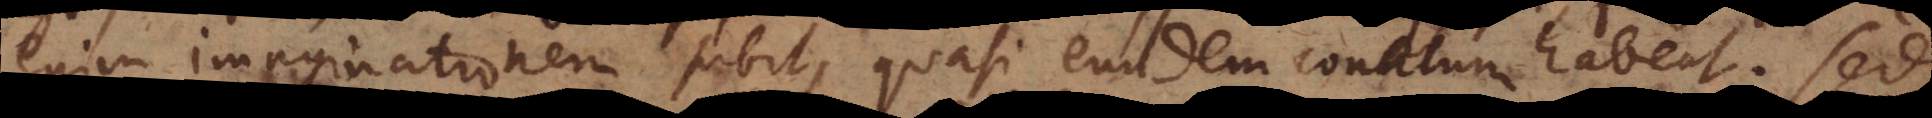
enim imaginationem subit, quasi eundem conatum habeat. Sed